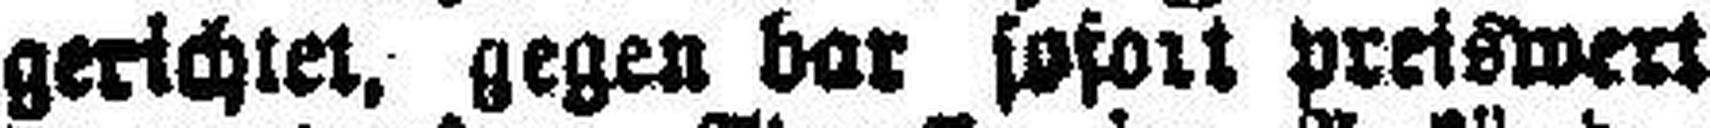
gerichtet, gegen bar sofort preiswert